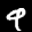
Label: 9